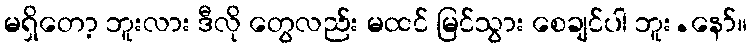
မရှိတော့ ဘူးလား ဒီလို တွေလည်း မထင် မြင်သွား စေချင်ပါ ဘူး.နော်။